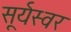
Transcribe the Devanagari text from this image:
सूर्यस्वर